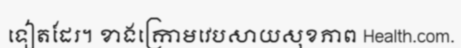
ទៀតដែរ។ ខាងក្រោមវេបសាយសុខភាព Health.com.